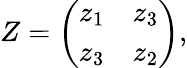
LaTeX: Z=\left(\begin{array}{crc}{{z_{1}}}&{{z_{3}}}\\ {{z_{3}}}&{{z_{2}}}\end{array}\right),